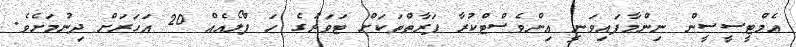
އެމްޓީސީސީން ނިންމާފައިވަނީ އިންވެސްޓްކުރާ ފަރާތްތަކަށް ޓަވަރުގެ ހަ ފްލޯއެއް 20 އަހަރަށް ދިނުމަށެވެ.